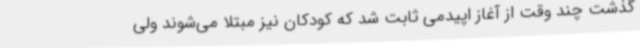
گذشت چند وقت از آغاز اپیدمی ثابت شد که کودکان نیز مبتلا می‌شوند ولی